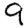
Digit: 9